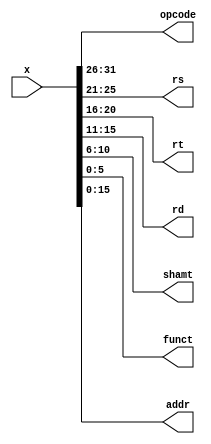
module instruction_decoder(x, opcode, rs, rt, rd, shamt, funct, addr);
    
    input [31:0] x;
    output wire [5:0] opcode;
    output wire [4:0] rs;
    output wire [4:0] rt;
    output wire [4:0] rd;
    output wire [4:0] shamt;
    output wire [5:0] funct;
    output wire [15:0] addr;
    
    assign opcode = x[31:26];
    assign rs = x[25:21];
    assign rt = x[20:16];
    assign rd = x[15:11];
    assign shamt = x[10:6];
    assign funct = x[5:0];
    assign addr = x[15:0];
    
endmodule